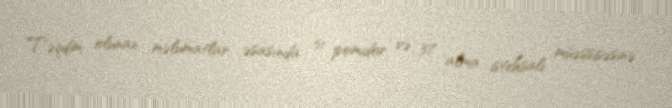
Təqdim olunan məlumatlar əsasında 51 pomidor və 37 alma istehsalı müəssisəsinə